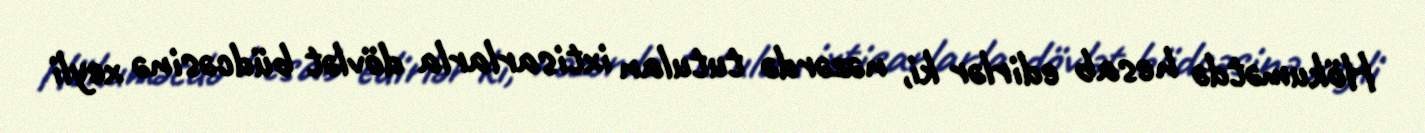
Hökumətdə hesab edirlər ki, nəzərdə tutulan ixtisarlarla dövlət büdcəsinə xeyli